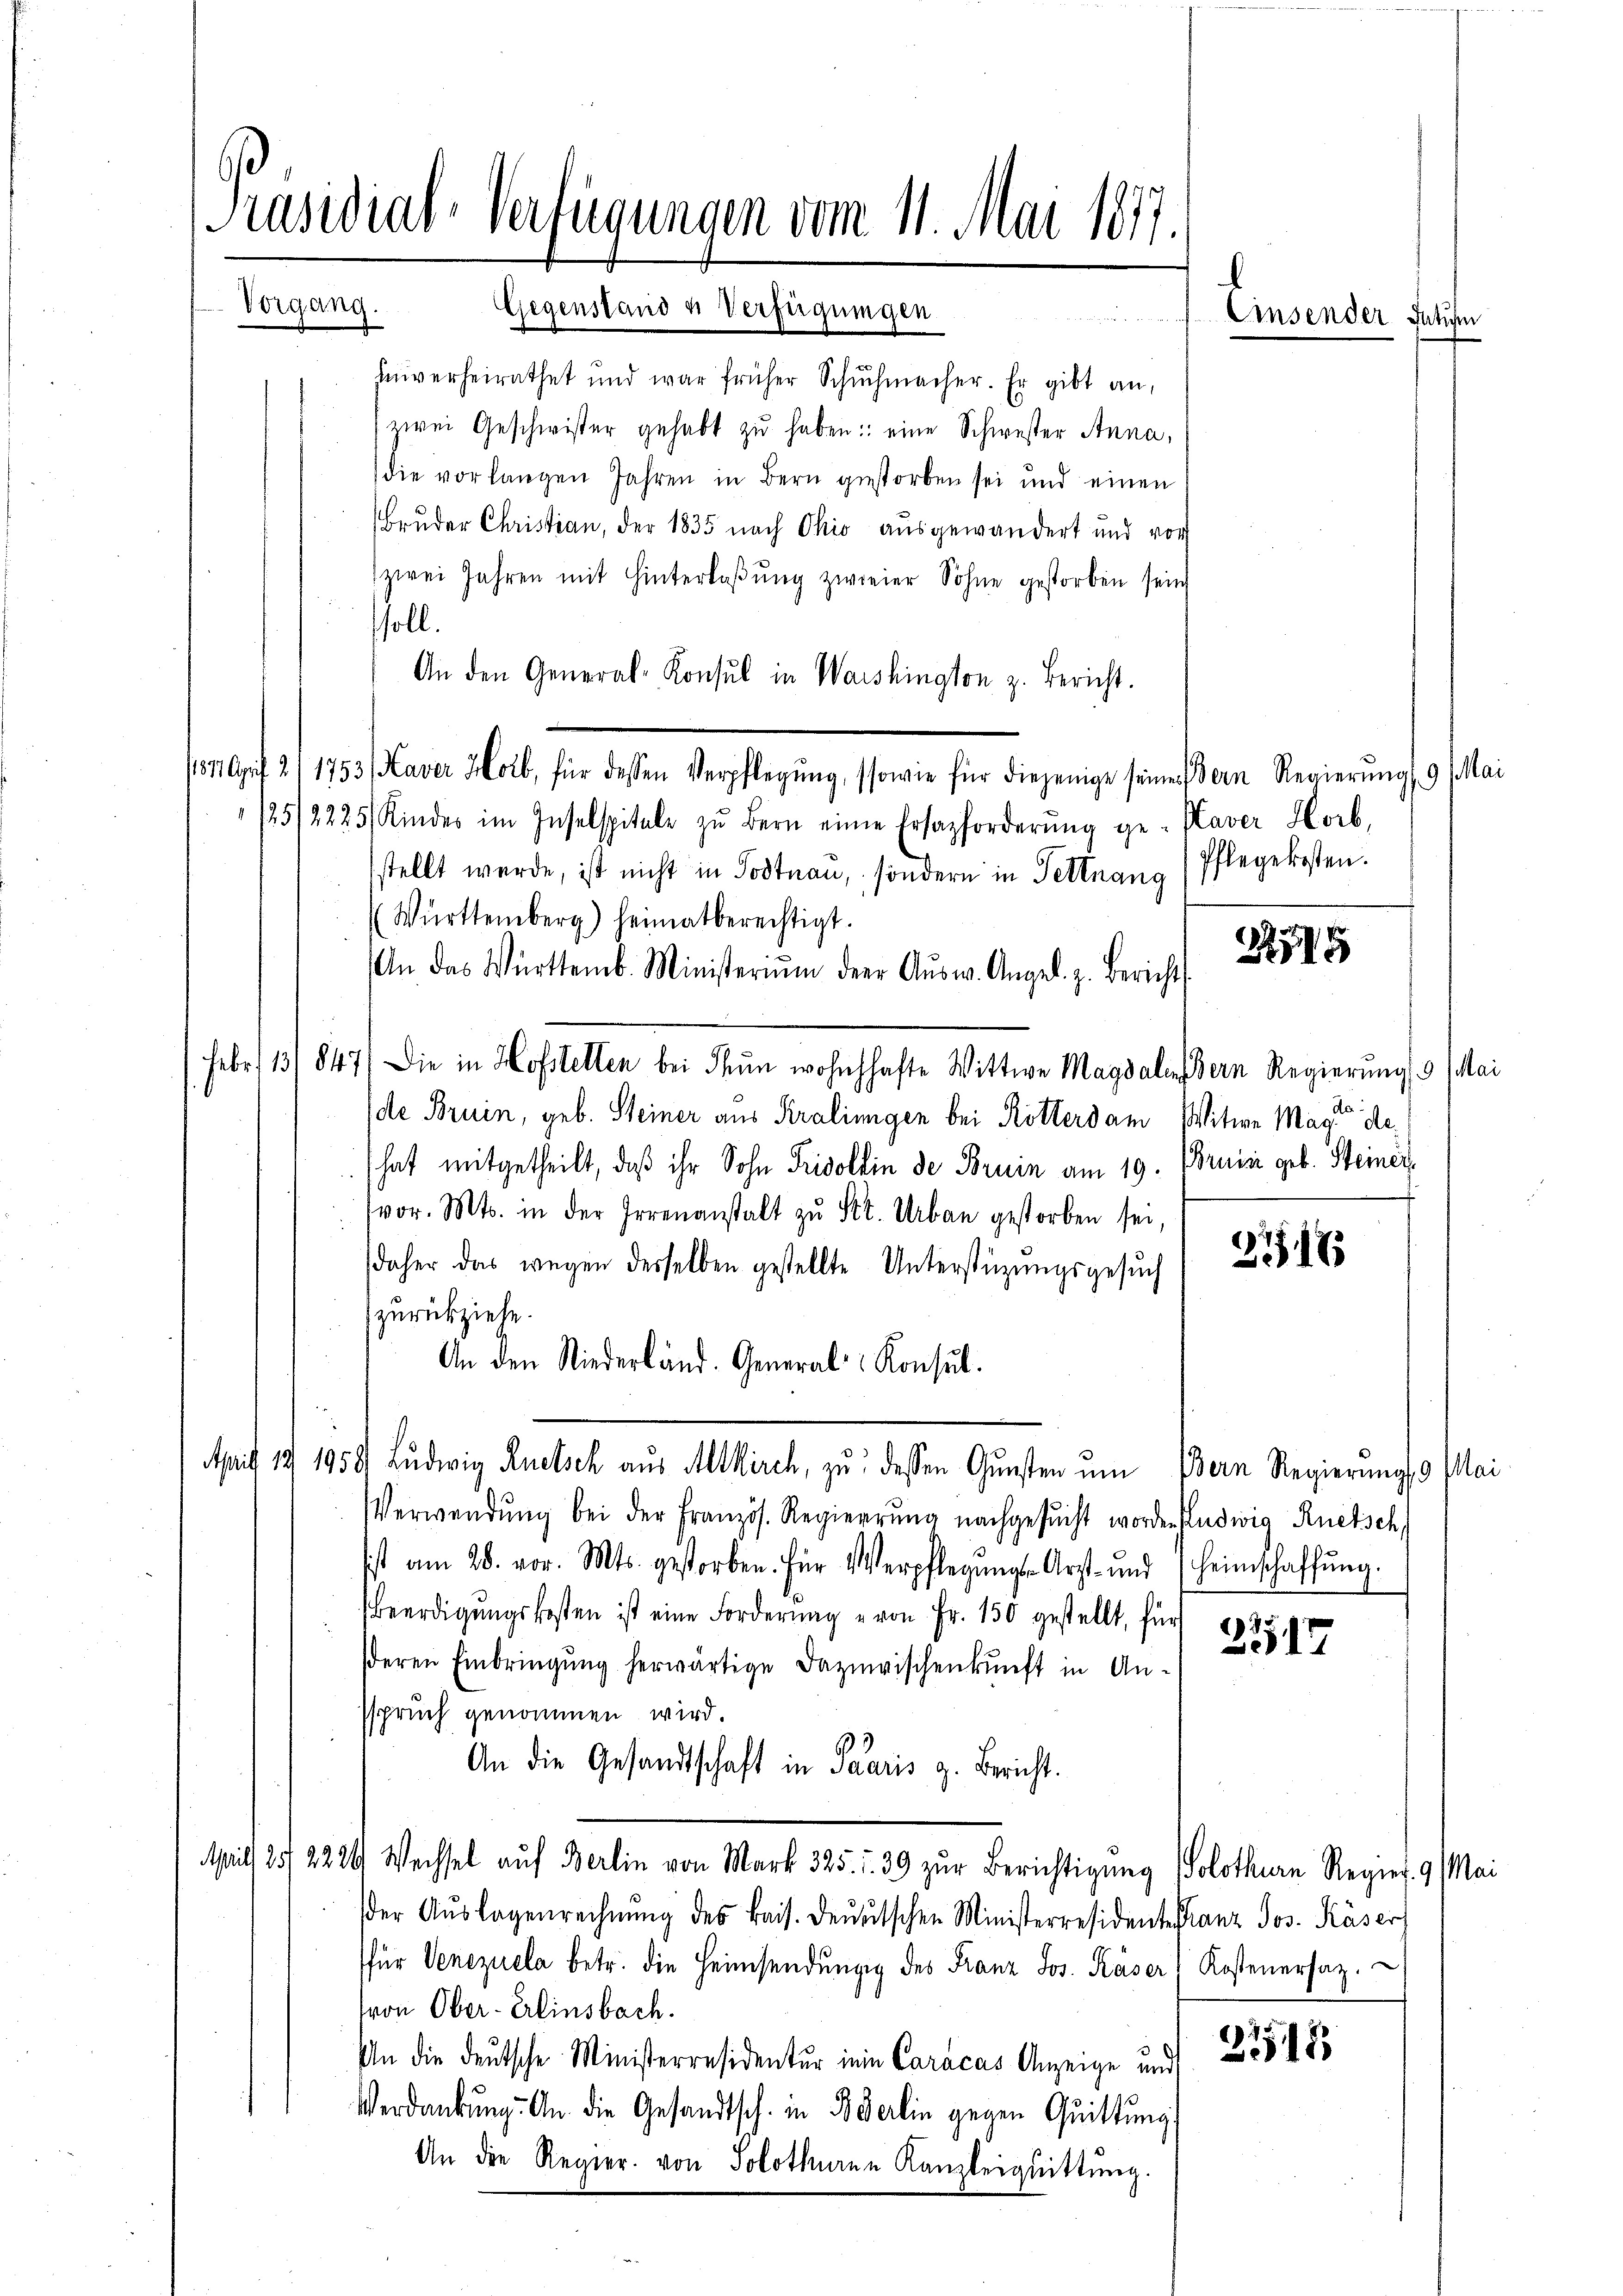
[Präsidial-Verfügungen vom 11. Mai 1877.
Vorgang. Gegenstand & Verfügungen
Forste der 28. Den 28t v. 242.

unverheirathet und war früher Schŭhmacher. Er gibt an,
szwei Geschwister gehabt zŭ haben eine Schwester Anna,
die vorlangen Jahren in Bern gestorben sei und einen
Bruder Christian, der 1835 nach Ohio ausgewandert und vor
zwei Jahren mit Hinterlaβŭng zweier Sohne gestorben sein
soll.
An den General-Konsul in Waishington z. Bericht.
181 April 2/1753/ Kaver Holb, für dessen Verpflegŭng, sowie für diejenige seiner Bern Regierŭng 19 Mai
25/2225 Kindes im Inselspitale zŭ bern eine Ersazforderŭng ge-Kaver Horb,
stellt werde, ist nicht in Todtnau, sondern in Fettnaus Pflegekosten.
(Württemberg) heimatberechtigt.
An das Württemb. Ministeriŭm der Aŭsw. Angel. z. Bericht
Febr. 13/847) Die in Hofstelten bei Feun wohnhafte Wittwe Magdalendern Regierŭng Mai
de Bruin, geb. Steiner aus Kralinigen bei Rötterdam Witwe Mag de
(hat mitgetheilt, daß ihr Sohn Fridollin de Bruin am 19. Bruiii geb. Steinerfvor. Mts. in der Irrenanstalt zŭ St. Urban gestorben sei,
daher das wegen desselben gestellte Unterstüzungsgesuch
zurückziehe.
An den Niederländ. General Konsul
April 18 19581 Ludwig Ruetsch aus Altkirch, zu dessen Gunsten um Bern Regierungs Plai
Verwendŭng bei der Französ. Regierŭng nachgesŭcht worden Ludwig Ruetsch
sist am 28. vor. Mts. gestorben. Für Verpflegŭngs-Arzt- und heimschaffŭng.
Beerdigŭngskosten ist eine Forderung von Fr. 150 gestellt, für
2517
deren Einbringŭng herwärtige Dazwischenkunft in An-
sspruch genommen wird.
An die Gesandtschaft in Paaris g. Bericht.
Mill 25. 2226/ Wechsel auf Berlin von Mark 325. u. 39 zur Berichtigung Solothurn Regier. 9. Mai
er Aŭslagenrechnŭng des kais. Deŭŭtschen Ministerresidente Franz Jos. Käser
für Venezuela betr. die Heimsendŭngig des Franz Jos. Käser Kostenersaz.
(von Ober-Erlinsbach.
94.
In die deutsche Ministerresidentur ein Caracas Anzeige und
Verdankung. An die Gesandtsch. in Berlin gegen Quittung.
An die Regier. von Solothuren Kanzleiquittung.

Einsender Datum

1275

2717

518